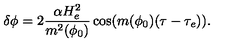
\delta \phi = 2 \frac { \alpha H _ { e } ^ { 2 } } { m ^ { 2 } ( \phi _ { 0 } ) } \cos ( m ( \phi _ { 0 } ) ( \tau - \tau _ { e } ) ) .